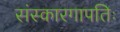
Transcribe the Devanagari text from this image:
संस्कारगापतिः